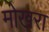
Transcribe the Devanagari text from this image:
मोखरा